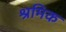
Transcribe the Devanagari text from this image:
श्रमिक